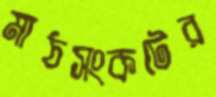
মাঠসংকটের